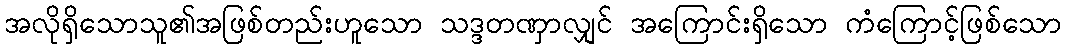
အလိုရှိသောသူ၏အဖြစ်တည်းဟူသော သဒ္ဒတဏှာလျှင် အကြောင်းရှိသော ကံကြောင့်ဖြစ်သော